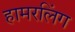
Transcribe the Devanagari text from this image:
हामरलिंग